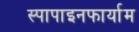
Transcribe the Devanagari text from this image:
स्पापाइनफार्याम